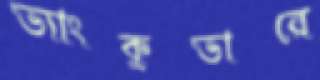
ভ্যাংকুভারে